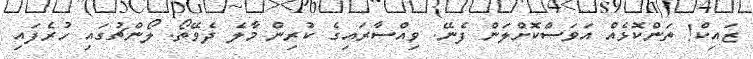
ޒައިކް! ތަންކޮޅެއް އަވަސްކޮށްލަން ފެނޭ. ވިއްސާރައިގެ ކުރިން މާލެ ދެވޭތޯ. ލޯންޗުގައި ހުރެފައި